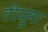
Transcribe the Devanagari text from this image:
टीयूमर